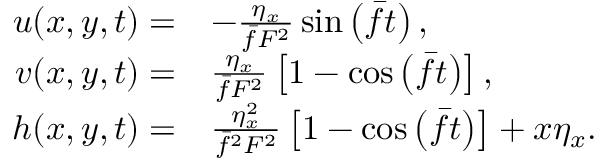
\begin{array} { r l } { u ( x , y , t ) = } & { - \frac { \eta _ { x } } { \bar { f } F ^ { 2 } } \sin \left( \bar { f } t \right) , } \\ { v ( x , y , t ) = } & { \frac { \eta _ { x } } { \bar { f } F ^ { 2 } } \left[ 1 - \cos \left( \bar { f } t \right) \right] , } \\ { h ( x , y , t ) = } & { \frac { \eta _ { x } ^ { 2 } } { \bar { f } ^ { 2 } F ^ { 2 } } \left[ 1 - \cos \left( \bar { f } t \right) \right] + x \eta _ { x } . } \end{array}